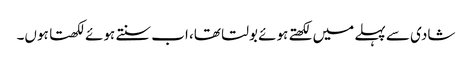
شادی سے پہلے میں‌ لکھتے ہوئے بولتا تھا، اب سنتے ہوئے لکھتا ہوں‌۔